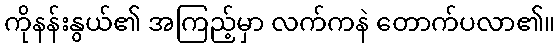
ကိုနန်းနွယ်၏ အကြည့်မှာ လက်ကနဲ တောက်ပလာ၏။